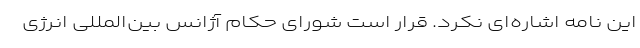
این نامه اشاره‌ای نکرد. قرار است شورای حکام آژانس بین‌المللی انرژی